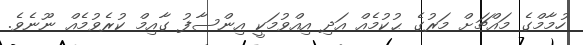
ހުމާމްގެ މައްޗަށް މަރުގެ ޙުކުމެއް އަދި އިއްވުމަކީ އިންސާފު ގާއިމް ކުރެވުމެއް ނޫނެވެ.